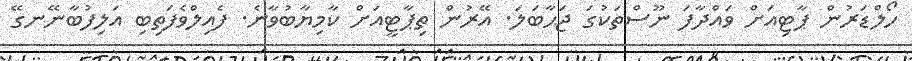
ހޯލްޑަރުން ޕާޓިއަށް ވައްދާފަ ނޫސްތަކުގަ ޖަޙާބަލަ. އޭރުން ތިޕާޓީއަށް ކާމިޔާބުވާނެ. ފެއިލްވެފަތިބި އަލިފުބާނޭނގޭ